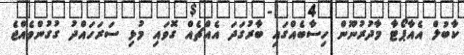
ކާބުލް އެއާޕޯޓާ މާދުރުނޫން ހިސާބެއްގައި ބާރުގަދަ އެއްޗެއް ގޮވައި މުޅި ސަރަހައްދު ގުގުންވެއްޖެ